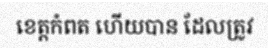
ខេត្តកំពត ហើយបាន ដែលត្រូវ